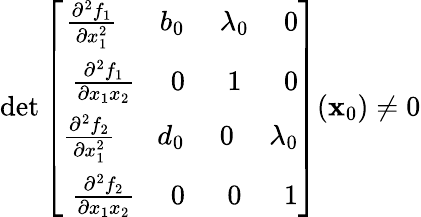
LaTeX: \operatorname*{det}\left[\begin{array}{r}{\frac{\partial^{2}f_{1}}{\partial x_{1}^{2}}\ \ \ \ \ \ b_{0}\ \ \ \ \ \lambda_{0}\ \ \ \ \ 0}\\ {\frac{\partial^{2}f_{1}}{\partial x_{1}x_{2}}\ \ \ \ \ 0\ \ \ \ \ \ 1\ \ \ \ \ \ 0}\\ {\frac{\partial^{2}f_{2}}{\partial x_{1}^{2}}\ \ \ \ \ \ d_{0}\ \ \ \ \ 0\ \ \ \ \ \lambda_{0}}\\ {\frac{\partial^{2}f_{2}}{\partial x_{1}x_{2}}\ \ \ \ \ 0\ \ \ \ \ \ 0\ \ \ \ \ \ 1}\end{array}\right]({\mathbf{x}_{0}})\ne0